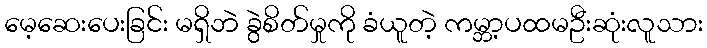
မေ့ဆေးပေးခြင်း မရှိဘဲ ခွဲစိတ်မှုကို ခံယူတဲ့ ကမ္ဘာ့ပထမဦးဆုံးလူသား